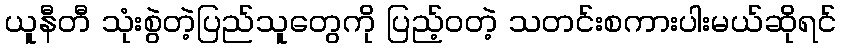
ယူနီတီ သုံးစွဲတဲ့ပြည်သူတွေကို ပြည့်ဝတဲ့ သတင်းစကားပါးမယ်ဆိုရင်